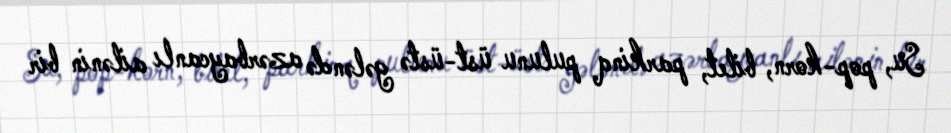
Su, pop-korn, bilet, parkinq pulunu üst-üstə gələndə azərbaycanlı ailənin bir